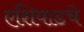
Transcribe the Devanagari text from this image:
एशियाडचे